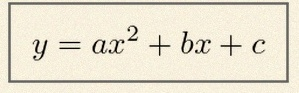
y=ax^2+bx+c